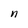
Character: n